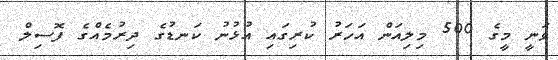
ވަނީ މީގެ 500 މިލިއަން އަހަރު ކުރިގައި އުޅުނު ކަނޑުގެ ދިރުމެއްގެ ފޮސިލް